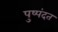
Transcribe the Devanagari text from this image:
पुष्पंदत